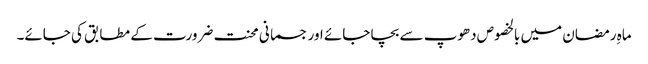
ماہِ رمضان میں بالخصوص دھوپ سے بچا جائے اور جسمانی محنت ضرورت کے مطابق کی جائے۔